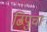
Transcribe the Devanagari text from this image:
टिपुचा